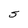
Character: S